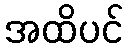
အထိပင်